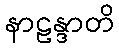
နာဠန္ဒာတိ